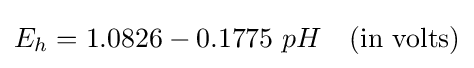
E_{h}={1.0826}-{0.1775}\ {pH}\quad ({\text{in volts}})